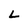
Character: L